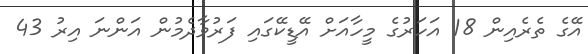
އޭގެ ތެރެއިން 18 އަހަރުގެ މީހާއަށް އޭޑީކޭގައި ފަރުވާދެމުން އަންނަ އިރު 43